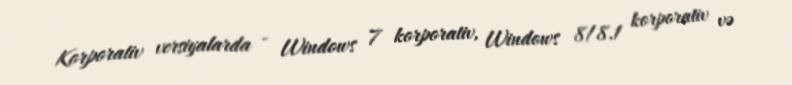
Korporativ versiyalarda - Windows 7 korporativ, Windows 8/8.1 korporativ və